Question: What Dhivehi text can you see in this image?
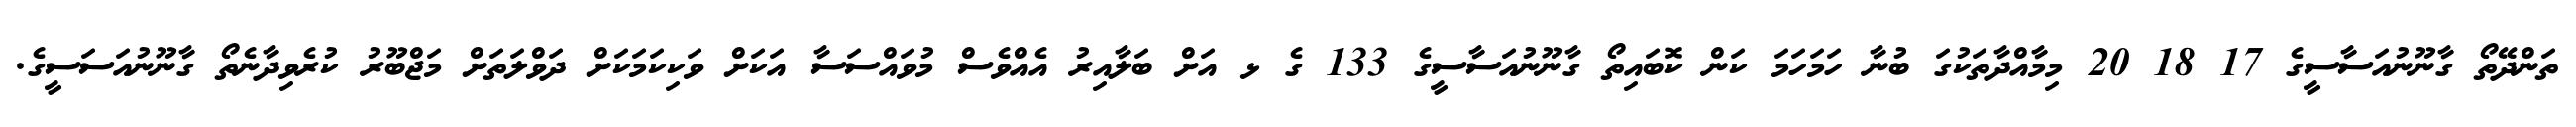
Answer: ތަންދޭތޯ ގާނޫނުއަސާސީގެ 17 18 20 މިމާއްދާތަކުގަ ބުނާ ހަމަހަމަ ކަން ކޮބައިތޯ ގާނޫނުއަސާސީގެ 133 ގެ ޅ އަށް ބަލާއިރު އެއްވެސް މުވައްސަސާ އަކަށް ވަކިކަމަކަށް ދަވްލަތަށް މަޖްބޫރު ކުރެވިދާނެތޯ ގާނޫނުއަސަސީގެ.